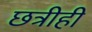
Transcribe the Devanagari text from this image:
छत्रीही